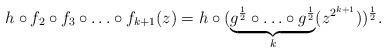
LaTeX: \begin{align*}h \circ f_{2} \circ f_3 \circ \ldots \circ f_{k+1} (z) = h\circ ( \underbrace{g^{\frac{1}{2}} \circ \ldots \circ g^{\frac{1}{2}}}_{k}(z^{2^{k+1}}))^{\frac12}.\end{align*}